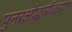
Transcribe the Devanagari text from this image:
पुनरओद्धारीकरण